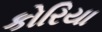
કોરિયા